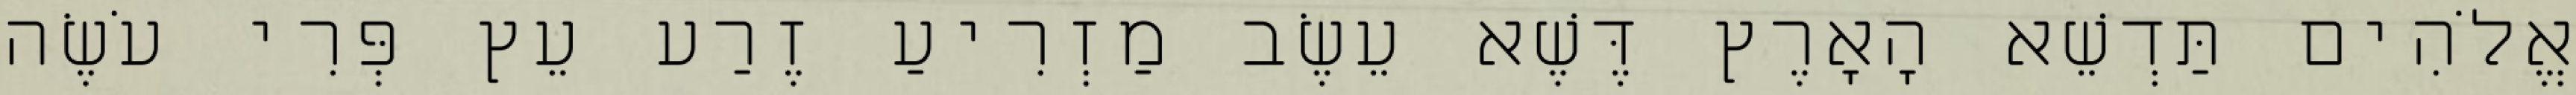
אֱלֹהִים תַּדְשֵׁא הָאָרֶץ דֶּשֶׁא עֵשֶׂב מַזְרִיעַ זֶרַע עֵץ פְּרִי עֹשֶׂה